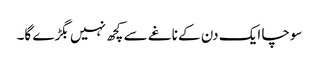
سوچا ایک دن کے ناغے سے کچھ نہیں بگڑے گا۔